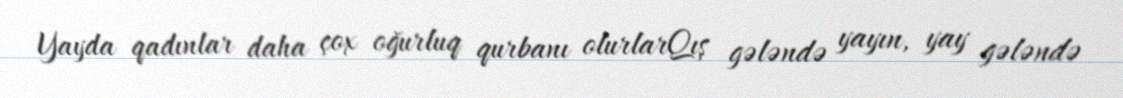
Yayda qadınlar daha çox oğurluq qurbanı olurlarQış gələndə yayın, yay gələndə